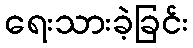
ရေးသားခဲ့ခြင်း